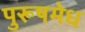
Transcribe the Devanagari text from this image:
पुरूषमेध